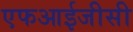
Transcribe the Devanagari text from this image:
एफआईजीसी